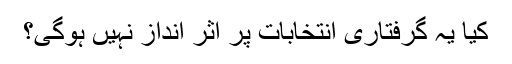
کیا یہ گرفتاری انتخابات پر اثر انداز نہیں ہوگی؟